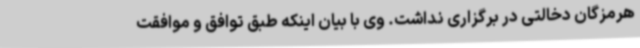
هرمزگان دخالتی در برگزاری نداشت. وی با بیان اینکه طبق توافق و موافقت